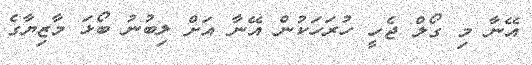
އޭނާ މި ގޯލް ޖެހީ ހުރަހަކުން އޭނާ އަށް ލިބުނު ބޯޅަ މާޒިޔާގެ